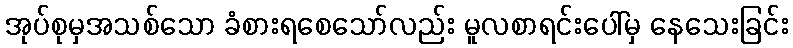
အုပ်စုမှအသစ်သော ခံစားရစေသော်လည်း မူလစာရင်းပေါ်မှ နေသေးခြင်း